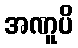
အဏူပိ